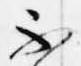
不